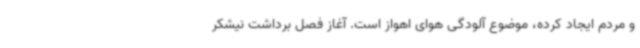
و مردم ایجاد کرده، موضوع آلودگی هوای اهواز است. آغاز فصل برداشت نیشکر